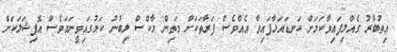
އިތުބާރު ގެއްލިފައިވާކަމަށް ކަނޑައަޅާފައިވާ އެއްވެސް ފަރާތަކަށް މަތިން މާކްސް ލިބުނު ކަމުގައިވީނަމަވެސް އޮފިޝަލަކަށް